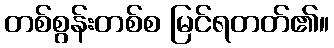
တစ်စွန်းတစ်စ မြင်ရတတ်၏။